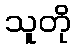
သူတို